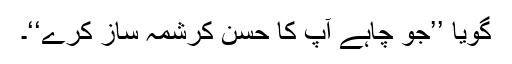
گویا ’’جو چاہے آپ کا حسنِ کرشمہ ساز کرے‘‘۔